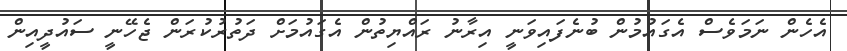
އެހެން ނަމަވެސް އެގައުމުން ބުނެފައިވަނީ އިރާނު ރައްޔިތުން އެގައުމަށް ދަތުރުކުރަން ޖެހޭނީ ސައުދީއިން